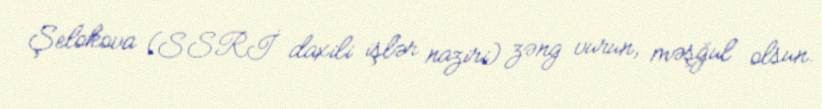
Şelokova (SSRİ daxili işlər naziri) zəng vurun, məşğul olsun.